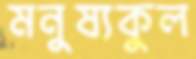
মনুষ্যকুল